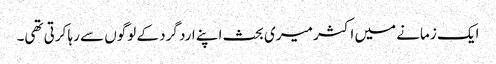
ایک زمانے میں اکثر میری بحث اپنے ارد گرد کے لوگوں سے رہا کرتی تھی۔